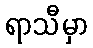
ရာသီမှာ